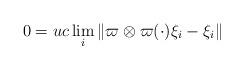
LaTeX: \begin{align*}0=uc\lim_i\|\varpi\otimes\varpi(\cdot)\xi_i-\xi_i\|\end{align*}